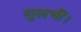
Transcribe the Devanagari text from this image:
गुलचीं।